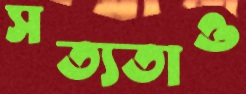
সত্যতাও